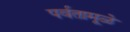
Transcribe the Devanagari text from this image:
पर्वतामूळे